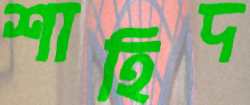
শাহিদ